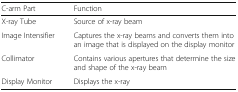
<table><thead><tr><td><b>C-arm Part</b></td><td><b>Function</b></td></tr></thead><tbody><tr><td>X-ray Tube</td><td>Source of x-ray beam</td></tr><tr><td>Image Intensifier</td><td>Captures the x-ray beams and converts them into an image that is displayed on the display monitor</td></tr><tr><td>Collimator</td><td>Contains various apertures that determine the size and shape of the x-ray beam</td></tr><tr><td>Display Monitor</td><td>Displays the x-ray</td></tr></tbody></table>